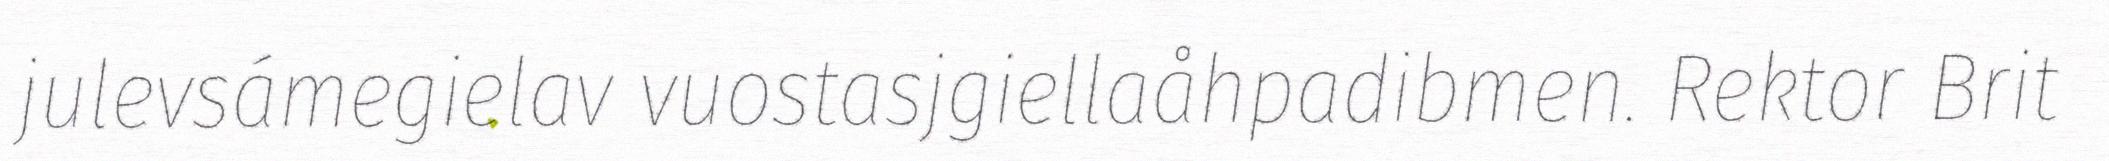
julevsámegielav vuostasjgiellaåhpadibmen. Rektor Brit